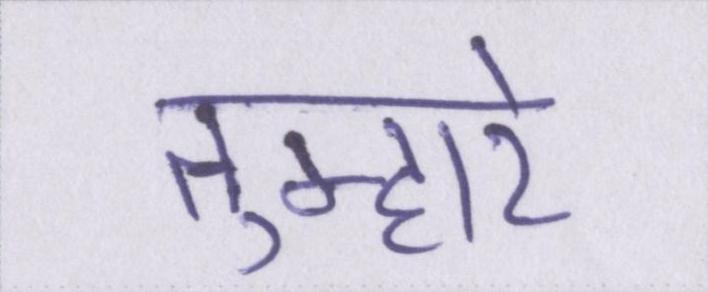
तुम्हारे